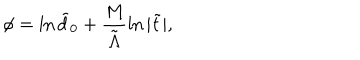
\phi = \ln { \tilde { d } _ { 0 } } + \frac M { \tilde { \Lambda } } \ln { | \tilde { t } | } ,